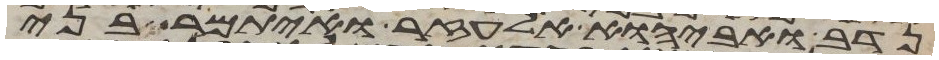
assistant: נדב ואביהוא אלעזר ואיתמר בני